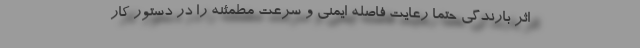
اثر بارندگی حتماً رعایت فاصله ایمنی و سرعت مطمئنه را در دستور کار